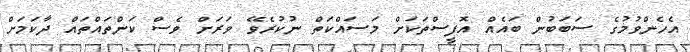
އެހެންވުމުގެ ސަބަބުން ބައެއް އޮފީސްތަކަށް މަސައްކަތް ނުކުރެވޭ ވަރަށް ވެސް ކަންތައްތައް ދާކަމަށް